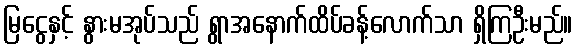
မြငွေနှင့် နွားမအုပ်သည် ရွာအနောက်ထိပ်ခန့်လောက်သာ ရှိကြဦးမည်။